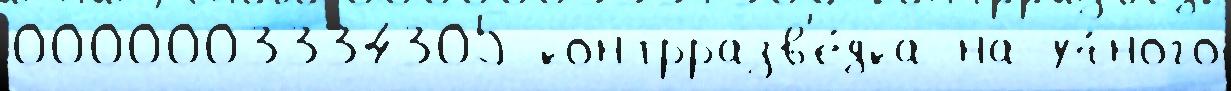
0000003334305 контрразв'е́дка на уч́ного